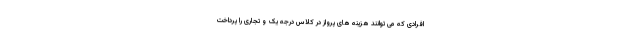
افرادی که می توانند هزینه های پرواز در کلاس درجه یک و تجاری را پرداخت